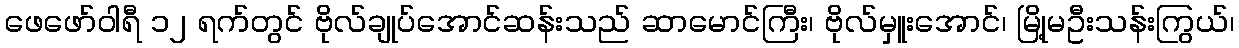
ဖေဖော်ဝါရီ ၁၂ ရက်တွင် ဗိုလ်ချုပ်အောင်ဆန်းသည် ဆာမောင်ကြီး၊ ဗိုလ်မှူးအောင်၊ မြို့မဦးသန်းကြွယ်၊